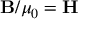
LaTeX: \mathbf { B } / \mu _ { 0 } = \mathbf { H }